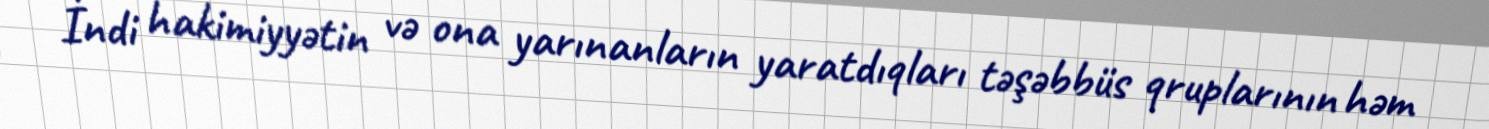
İndi hakimiyyətin və ona yarınanların yaratdıqları təşəbbüs qruplarının həm